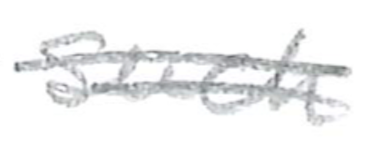
Text: design
Cross-out: double-line
Writing tool: pencil